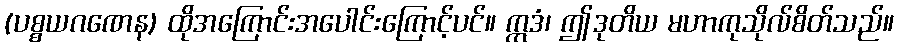
(ပစ္စယဂဏေန) ထိုအကြောင်းအပေါင်းကြောင့်ပင်။ ဣဒံ၊ ဤဒုတိယ မဟာကုသိုလ်စိတ်သည်။